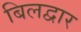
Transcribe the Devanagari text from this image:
बिलद्वार